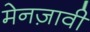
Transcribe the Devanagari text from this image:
मेनज़ावी